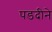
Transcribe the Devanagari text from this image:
पडदीने